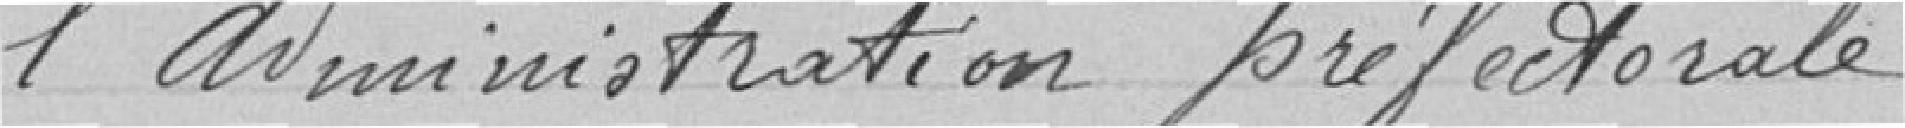
l'administration préfectorale